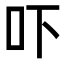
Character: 吓